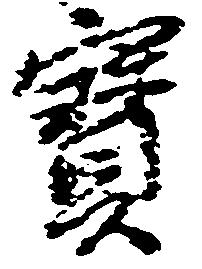
宝